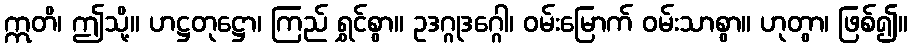
ဣတိ၊ ဤသို့။ ဟဋ္ဌတုဋ္ဌော၊ ကြည် ရွှင်စွာ။ ဥဒဂ္ဂုဒဂ္ဂေါ၊ ဝမ်းမြောက် ဝမ်းသာစွာ။ ဟုတွာ၊ ဖြစ်၍။